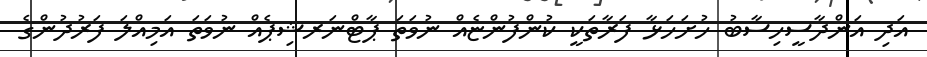
އަދި އަންދާސީހިސާބު ހުށަހަޅާ ފަރާތަކީ ކުންފުންޏެއް ނުވަތަ ޕާޓްނަރޝިޕެއް ނުވަތަ އަމިއްލަ ފަރުދުންގެ